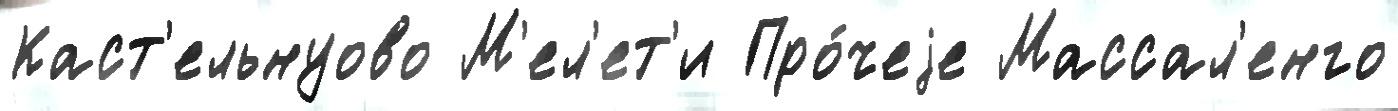
Каст'ельнуово М'ел'ет'и Про́чеjе Массал'енго